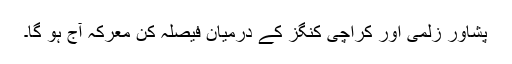
پشاور زلمی اور کراچی کنگز کے درمیان فیصلہ کن معرکہ آج ہو گا۔